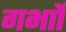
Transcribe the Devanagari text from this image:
गर्भाों